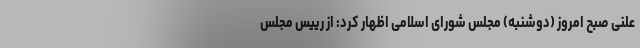
علنی صبح امروز (دوشنبه) مجلس شورای اسلامی اظهار کرد: از رییس مجلس